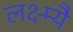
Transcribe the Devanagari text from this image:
लक्ष्म्यै